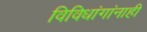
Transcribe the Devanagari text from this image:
विविधांगांनाही